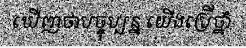
ឃើញថាបច្ចុប្បន្ន យើងប្រើថ្នាំ